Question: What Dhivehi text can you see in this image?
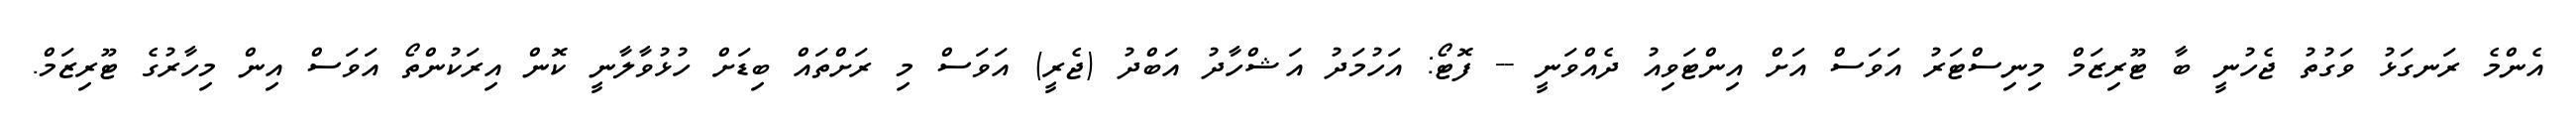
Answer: އެންމެ ރަނގަޅު ވަގުތު ޖެހުނީ ބާ ޓޫރިޒަމް މިނިސްޓަރު އަވަސް އަށް އިންޓަވިއު ދެއްވަނީ -- ފޮޓޯ: އަހުމަދު އަޝްހާދު އަބްދު (ޖެރީ) އަވަސް މި ރަށްތައް ބިޑަށް ހުޅުވާލާނީ ކޮން އިރަކުންތޯ އަވަސް އިން މިހާރުގެ ޓޫރިޒަމް.